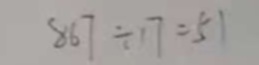
8 6 7 \div 1 7 = 5 1